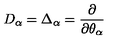
D _ { \alpha } = \Delta _ { \alpha } = \frac { \partial } { \partial \theta _ { \alpha } }